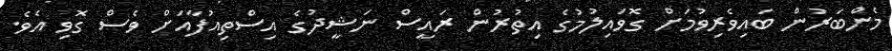
މެންބަރުން ބައިވެރިވުމަށް ގޮވައިލުމުގެ އިތުރުން ރައީސް ނަޝީދުގެ އިސްތިއުފާއަށް ވެސް ގޮވި އެވެ.